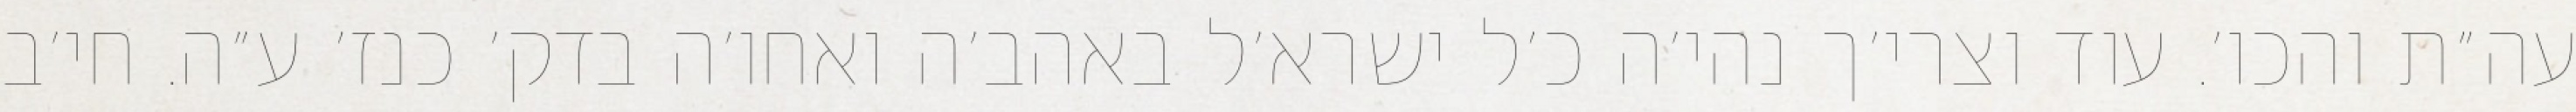
עה״ת והכו׳. עוד וצרי׳ך נהי׳ה כ׳ל ישרא׳ל באהב׳ה ואחו׳ה בדק׳ כנז׳ ע״ה. חי׳ב